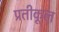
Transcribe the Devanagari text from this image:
प्रतीकूल